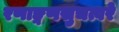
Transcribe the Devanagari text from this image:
रणाङ्गणसुचत्वरे